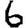
Digit: 6